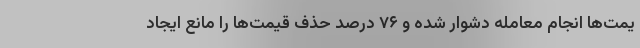
یمت‌ها انجام معامله دشوار شده و ۷۶ درصد حذف قیمت‌ها را مانع ایجاد